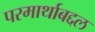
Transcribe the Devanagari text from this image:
परमार्थाबद्दल